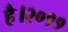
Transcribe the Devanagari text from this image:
है।२०११